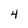
Character: 4